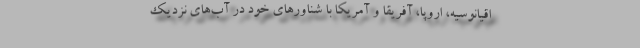
اقیانوسیه، اروپا، آفریقا و آمریکا با شناورهای خود در آب‌های نزدیک